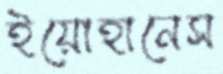
ইয়োহানেস